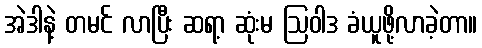
အဲဒါနဲ့ တမင် လာပြီး ဆရာ့ ဆုံးမ ဩဝါဒ ခံယူဖို့လာခဲ့တာ။